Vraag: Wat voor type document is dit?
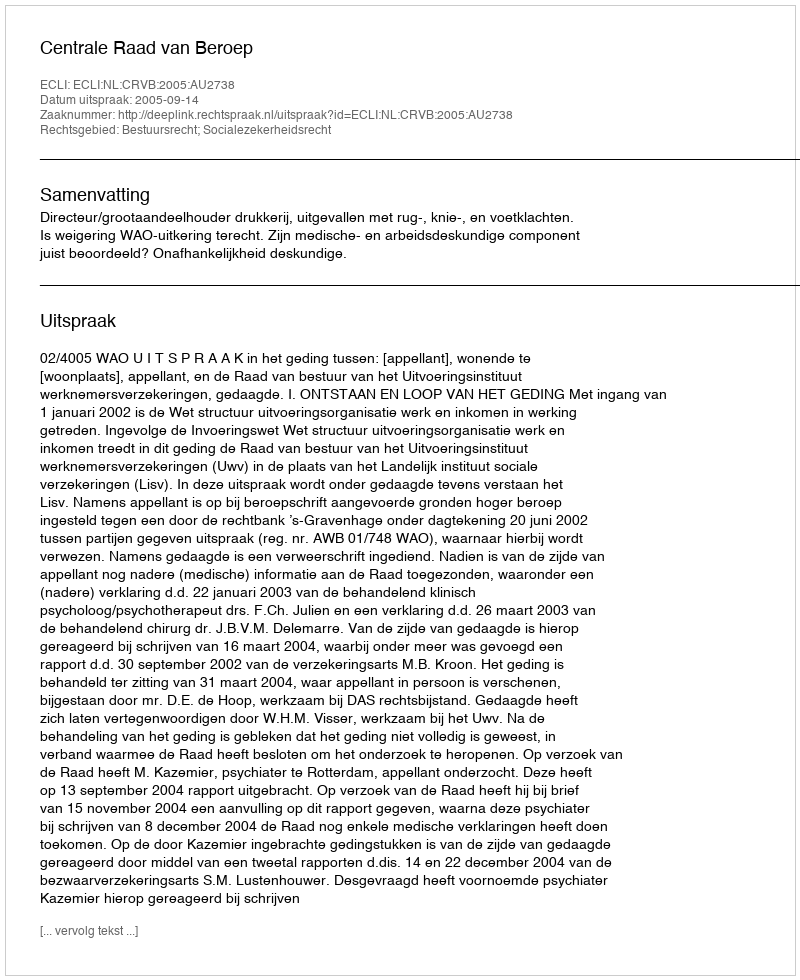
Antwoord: Uitspraak